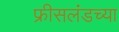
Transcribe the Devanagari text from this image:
फ्रीसलंडच्या